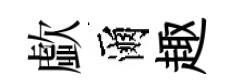
歔爾趣